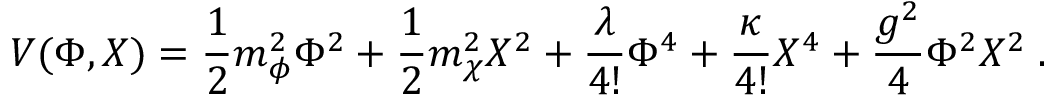
V ( \Phi , X ) = \frac 1 2 m _ { \phi } ^ { 2 } \Phi ^ { 2 } + \frac 1 2 m _ { \chi } ^ { 2 } X ^ { 2 } + \frac { \lambda } { 4 ! } \Phi ^ { 4 } + \frac { \kappa } { 4 ! } X ^ { 4 } + \frac { g ^ { 2 } } { 4 } \Phi ^ { 2 } X ^ { 2 } \; .